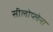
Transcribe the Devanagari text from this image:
सीलोप्लेना